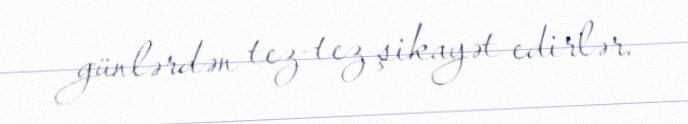
günlərdən tez-tez şikayət edirlər.